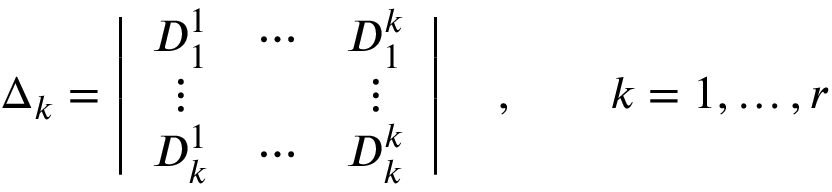
\Delta _ { k } = \left| \begin{array} { c c c } { { D _ { 1 } ^ { 1 } } } & { { \cdots } } & { { D _ { 1 } ^ { k } } } \\ { { \vdots } } & { { } } & { { \vdots } } \\ { { D _ { k } ^ { 1 } } } & { { \cdots } } & { { D _ { k } ^ { k } } } \end{array} \right| \quad , \qquad k = 1 , \ldots , r